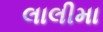
લાલીમા